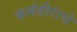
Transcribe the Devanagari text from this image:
कर्मवीरांचे